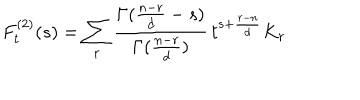
F _ { t } ^ { ( 2 ) } ( s ) = \sum _ { r } \frac { \Gamma ( \frac { n - r } { d } - s ) } { \Gamma ( \frac { n - r } { d } ) } \, t ^ { s + \frac { r - n } { d } } K _ { r }